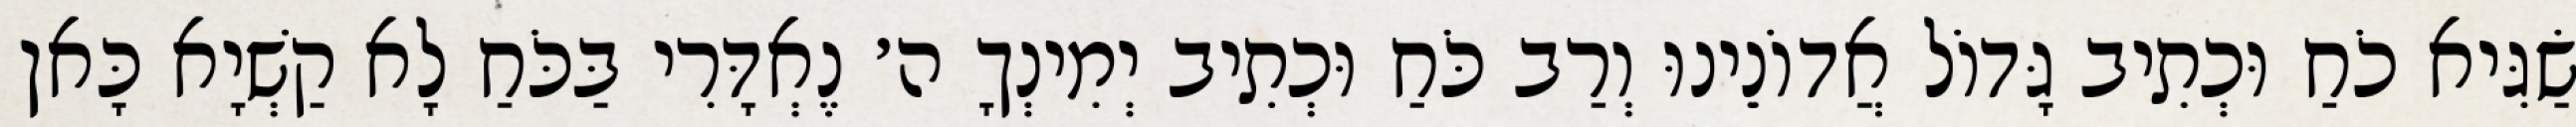
שַׂגִּיא כֹחַ וּכְתִיב גָּדוֹל אֲדוֹנֵינוּ וְרַב כֹּחַ וּכְתִיב יְמִינְךָ ה׳ נֶאְדָּרִי בַּכֹּחַ לָא קַשְׁיָא כָּאן